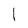
Character: 1